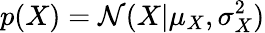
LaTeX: p(X)=\mathcal{N}(X|\mu_{X},\sigma_{X}^{2})